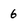
Character: 6